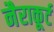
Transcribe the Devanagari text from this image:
नैराकूर्ट